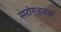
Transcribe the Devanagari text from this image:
सरोरुहवज्र